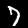
Digit: 7